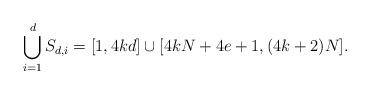
LaTeX: \begin{align*}\bigcup_{i=1}^d S_{d,i} = [1,4kd] \cup [4kN+4e+1,(4k+2)N].\end{align*}